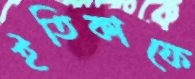
ইতিকাফে